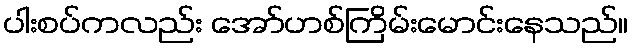
ပါးစပ်ကလည်း အော်ဟစ်ကြိမ်းမောင်းနေသည်။